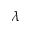
\lambda